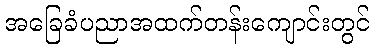
အခြေခံပညာအထက်တန်းကျောင်းတွင်